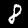
Label: 8